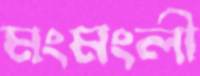
মংমংলী